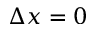
\Delta x = 0